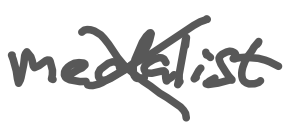
Text: medalist
Cross-out: cross
Writing tool: digital_gray